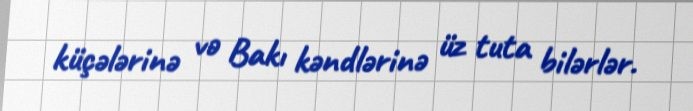
küçələrinə və Bakı kəndlərinə üz tuta bilərlər.